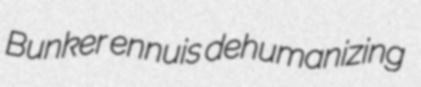
Bunker ennuis dehumanizing